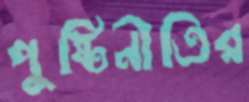
পুষ্টিনীতির